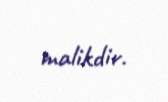
malikdir.